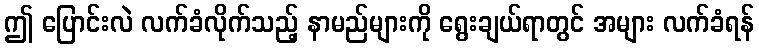
ဤ ပြောင်းလဲ လက်ခံလိုက်သည့် နာမည်များကို ရွေးချယ်ရာတွင် အများ လက်ခံရန်